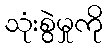
သုံးစွဲမှုကို